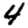
Digit: 4